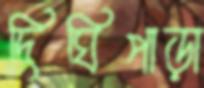
দিঘিপাড়া